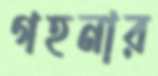
গহনার